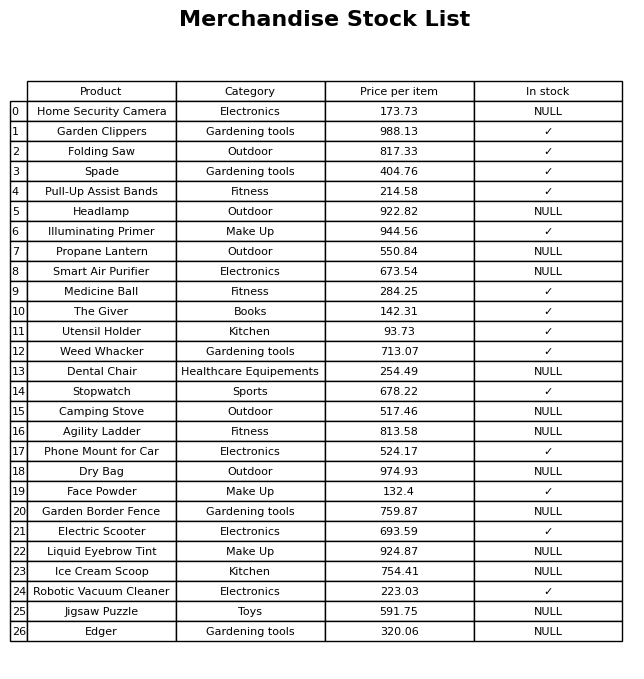
question: What is the price for Utensil Holder?
answer: The price of Utensil Holder is 93.73.